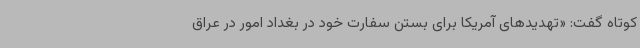
کوتاه گفت: «تهدیدهای آمریکا برای بستن سفارت خود در بغداد امور در عراق